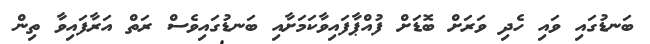
ބަނޑުގައި ވައި ހެދި ވަރަށް ބޮޑަށް ފުއްޕާފައިވާކަމަށާއި ބަނޑުގައިވެސް ރަތް އަރާފައިވާ ތިން